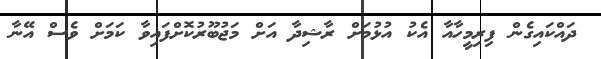
ދައްކައިގެން ފިރިމީހާއާ އެކު އުޅުމަށް ރާޝިދާ އަށް މަޖުބޫރުކޮށްފައިވާ ކަމަށް ވެސް އޭނާ